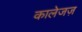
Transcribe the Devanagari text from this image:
कालेजज़